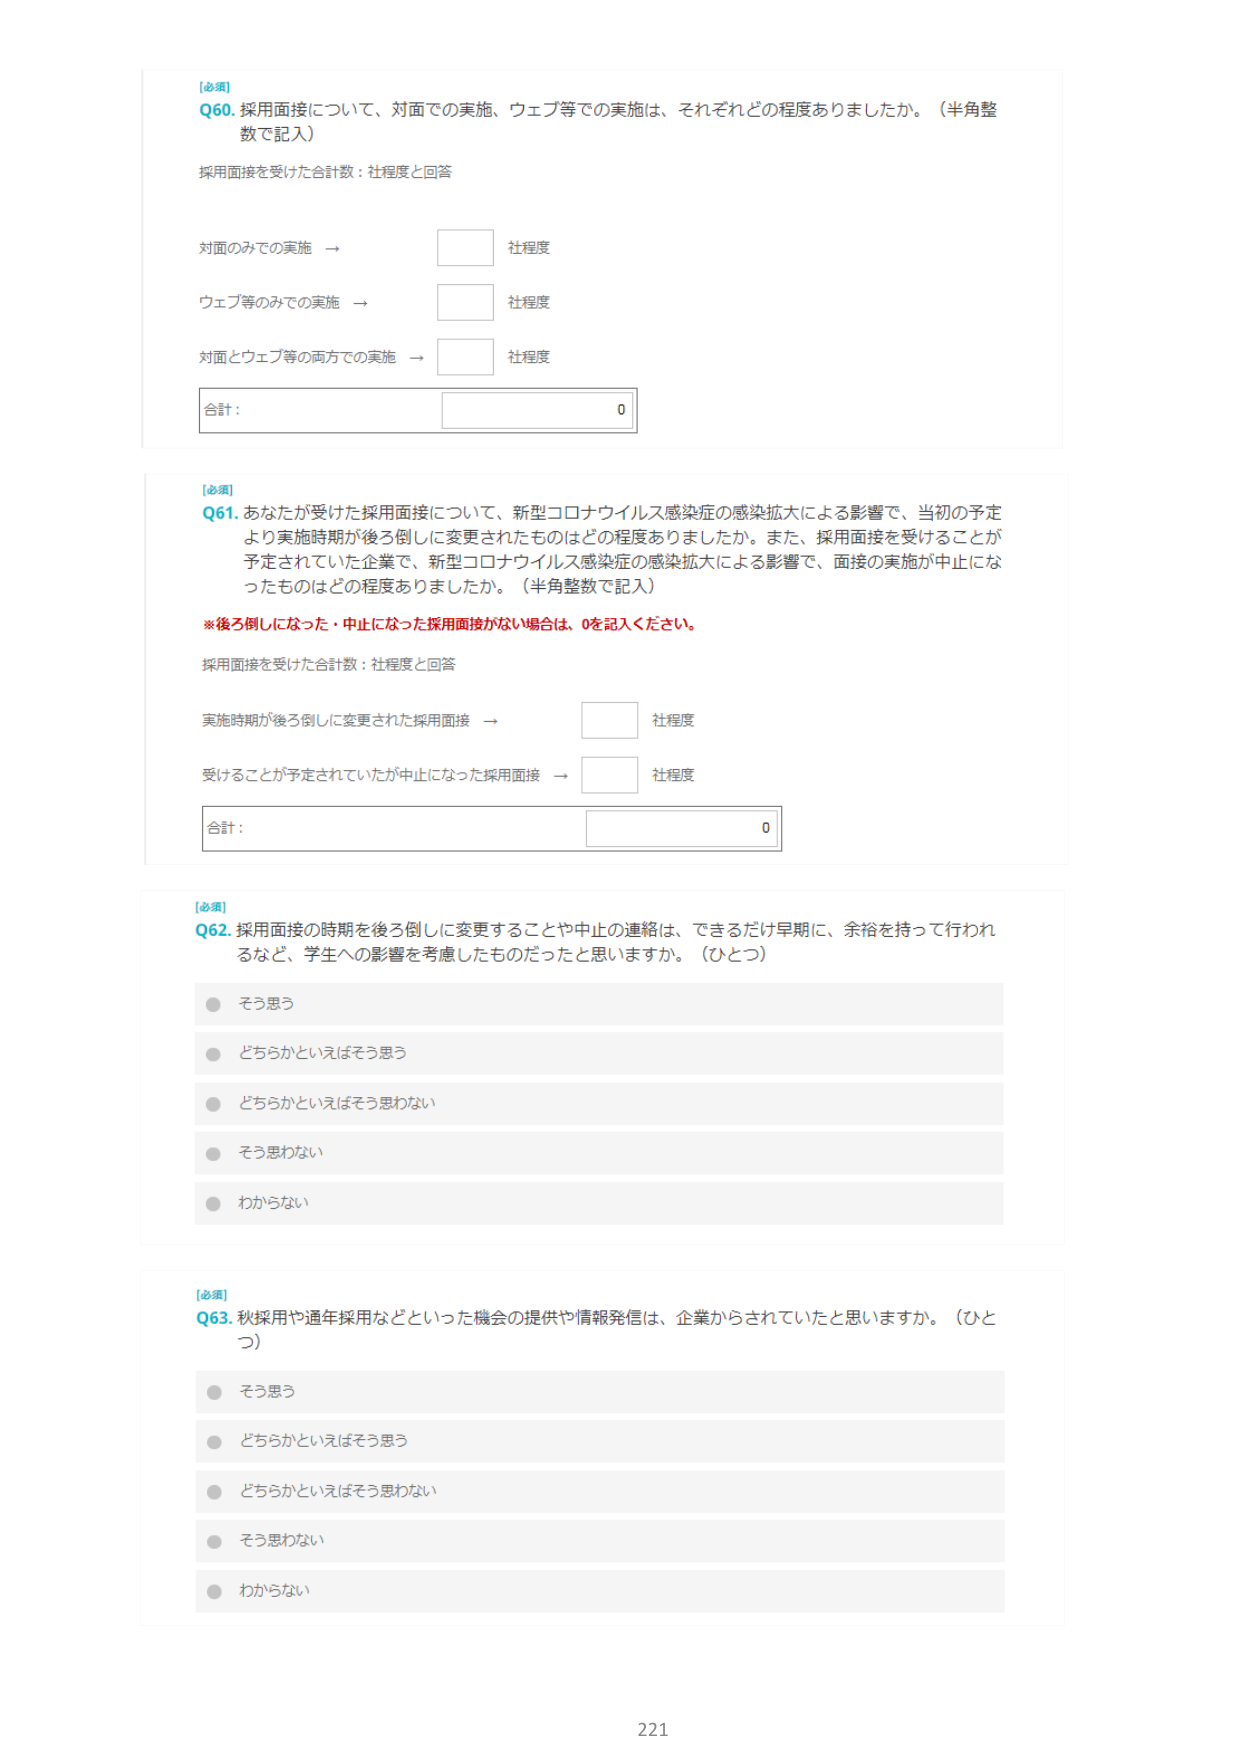
[必須]
Q60. 採用面接について、対面での実施、ウェブ等での実施は、それぞれどの程度ありましたか。（半角整数で記入）

採用面接を受けた合計数：社程度と回答

対面のみでの実施 → □ 社程度
ウェブ等のみでの実施 → □ 社程度
対面とウェブ等の両方での実施 → □ 社程度

合計： □ 0

[必須]
Q61. あなたが受けた採用面接について、新型コロナウイルス感染症の感染拡大による影響で、当初の予定より実施時期が後ろ倒しに変更されたものはどの程度ありましたか。また、採用面接を受けることが予定されていた企業で、新型コロナウイルス感染症の感染拡大による影響で、面接の実施が中止になったものはどの程度ありましたか。（半角整数で記入）

※後ろ倒しになった・中止になった採用面接がない場合は、0を記入ください。

採用面接を受けた合計数：社程度と回答

実施時期が後ろ倒しに変更された採用面接 → □ 社程度
受けることが予定されていたが中止になった採用面接 → □ 社程度

合計： □ 0

[必須]
Q62. 採用面接の時期を後ろ倒しに変更することや中止の連絡は、できるだけ早期に、余裕を持って行われるなど、学生への影響を考慮したものだったと思いますか。（ひとつ）

● そう思う
● どちらかといえばそう思う
● どちらかといえばそう思わない
● そう思わない
● わからない

[必須]
Q63. 秋採用や通年採用などといった機会の提供や情報発信は、企業からされていたと思いますか。（ひとつ）

● そう思う
● どちらかといえばそう思う
● どちらかといえばそう思わない
● そう思わない
● わからない

221